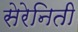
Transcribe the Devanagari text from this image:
सेरेनिती